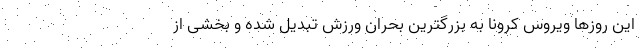
این روزها ویروس کرونا به بزرگترین بحران ورزش تبدیل شده و بخشی از